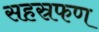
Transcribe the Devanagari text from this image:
सहस्रफण